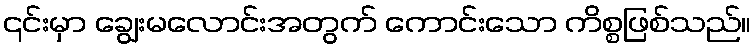
၎င်းမှာ ချွေးမလောင်းအတွက် ကောင်းသော ကိစ္စဖြစ်သည်။